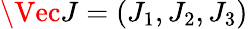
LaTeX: \Vec{J}=(J_{1},J_{2},J_{3})